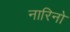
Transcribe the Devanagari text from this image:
नारिनो